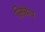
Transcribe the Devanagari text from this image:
लिवेथ